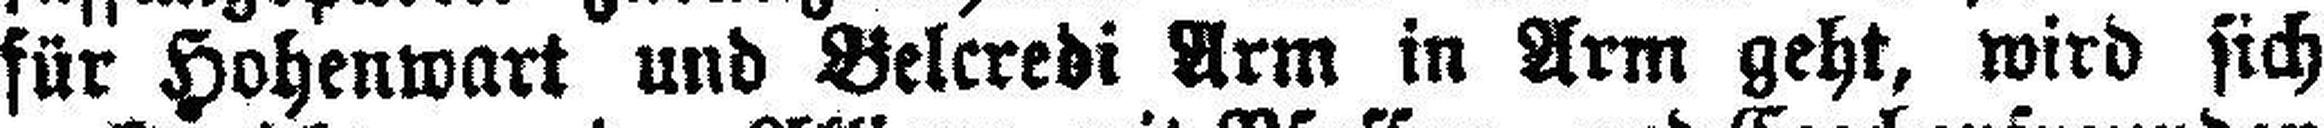
für Hohenwart und Belcredi Arm in Arm geht, wird sich